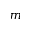
m